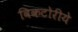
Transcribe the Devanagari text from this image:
विकटोरीये